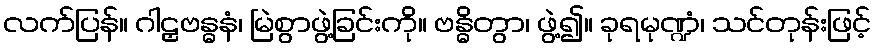
လက်ပြန်။ ဂါဠှဗန္ဓနံ၊ မြဲစွာဖွဲ့ခြင်းကို။ ဗန္ဓိတွာ၊ ဖွဲ့၍။ ခုရမုဏ္ဍံ၊ သင်တုန်းဖြင့်